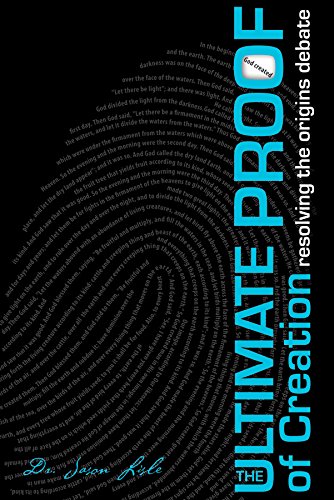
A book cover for Ultimate Proof of Creation; Dr Jason Lisle; Christian Books & Bibles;